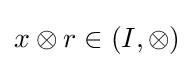
x\otimes r\in (I,\otimes )